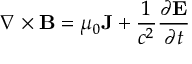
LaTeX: \nabla \times \mathbf { B } = \mu _ { 0 } \mathbf { J } + { \frac { 1 } { c ^ { 2 } } } { \frac { \partial \mathbf { E } } { \partial t } }